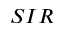
S I R